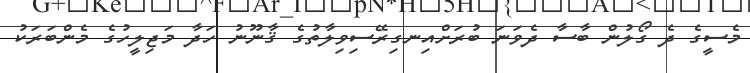
މެސީގެ ދެ ގޯލުން ބާސާ ދެވަނަ ބުރަށްއިނގިރޭސިވިލާތުގެ ޤާނޫނު ހަދާ މަޖިލީހުގެ މެންބަރަކު